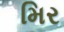
મિર